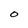
Character: O